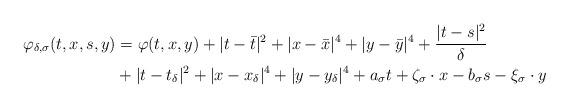
LaTeX: \begin{align*}\varphi_{\delta,\sigma}(t,x,s,y)&=\varphi(t,x,y)+|t-\bar{t}|^2+|x-\bar{x}|^4+|y-\bar{y}|^4+\frac{|t-s|^2}{\delta}\\&+|t-t_\delta|^2+|x-x_\delta|^4+|y-y_\delta|^4+a_\sigma t+\zeta_\sigma\cdot x-b_\sigma s-\xi_\sigma\cdot y\end{align*}